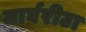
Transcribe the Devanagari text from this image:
मार्घरीटा